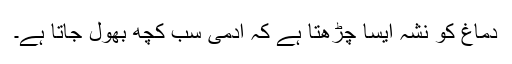
دماغ کو نشہ ایسا چڑھتا ہے کہ آدمی سب کچھ بھول جاتا ہے۔